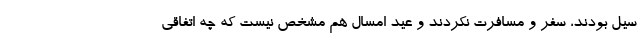
سیل بودند، سفر و مسافرت نکردند و عید امسال هم مشخص نیست که چه اتفاقی